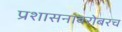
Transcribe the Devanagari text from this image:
प्रशासनाबरोबरच